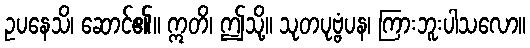
ဥပနေသိ၊ ဆောင်၏။ ဣတိ၊ ဤသို့။ သုတပုဗ္ဗံပန၊ ကြားဘူးပါသလော။